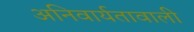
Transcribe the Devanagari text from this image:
अनिवार्यतावाली